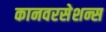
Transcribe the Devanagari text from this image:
कानवरसेशन्स